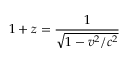
1 + z = { \frac { 1 } { \sqrt { 1 - v ^ { 2 } / c ^ { 2 } } } }